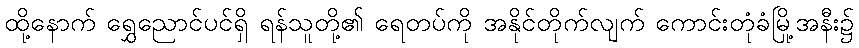
ထို့နောက် ရွှေညောင်ပင်ရှိ ရန်သူတို့၏ ရေတပ်ကို အနိုင်တိုက်လျက် ကောင်းတုံခံမြို့အနီး၌